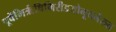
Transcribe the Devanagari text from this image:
पूर्वेभिर्ऋषिभिरीडयोनूतनैरुत